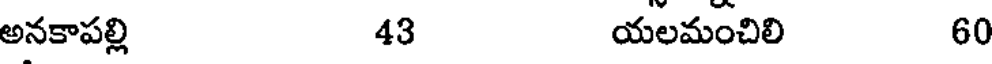
అనకాపల్లి 43 యలమంచిలి 60